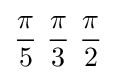
{\pi  \over 5}\ {\pi  \over 3}\ {\pi  \over 2}